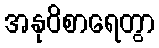
အနုဝိစာရေတွာ